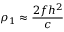
\rho _ { 1 } \approx { \frac { 2 f h ^ { 2 } } { c } }